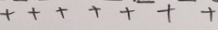
+ + + + + + +